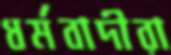
ধর্মবাদীরা